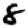
Digit: 8